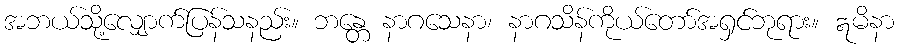
အဘယ်သို့လျှောက်ပြန်သနည်း။ ဘန္တေ နာဂသေနာ၊ နာဂသိန်ကိုယ်တော်အရှင်ဘုရား။ ဣမိနာ